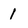
Character: 1